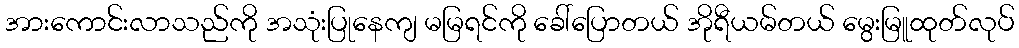
အားကောင်းလာသည်ကို အသုံးပြုနေကျ မမြရင်ကို ခေါ်ပြောတယ် အိုရီယမ်တယ် မွေးမြူထုတ်လုပ်